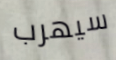
سيهرب